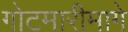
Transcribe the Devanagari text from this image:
गोटमारीमागे